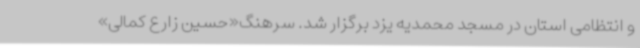
و انتظامی استان در مسجد محمدیه یزد برگزار شد. سرهنگ«حسین زارع کمالی»